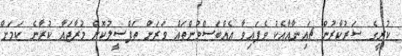
ކުރީގެ ސަރުކާރުން ޗައިނާއާއެކު ވެފައިވާ އެއްބަސްވުންތައް ވަރަށް ތަފްސީލުކޮށް މުރާޖައާ ކުރާނެ ކަމަށް